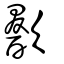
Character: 歠